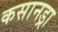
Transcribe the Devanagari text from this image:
कसानड्रा